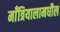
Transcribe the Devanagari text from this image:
माँत्रियालामधील